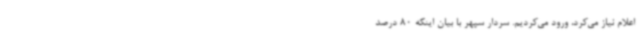
اعلام نیاز می‌کرد، ورود می‌کردیم. سردار سپهر با بیان اینکه 80 درصد